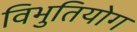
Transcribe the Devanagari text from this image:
विभुतियोग